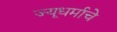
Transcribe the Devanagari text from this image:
ज्यूधर्माचे